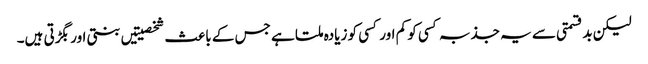
لیکن بدقسمتی سے یہ جذبہ کسی کو کم اور کسی کو زیادہ ملتا ہے جس کے باعث شخصیتیں بنتی اور بگڑتی ہیں۔